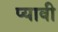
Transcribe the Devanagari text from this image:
प्यावी